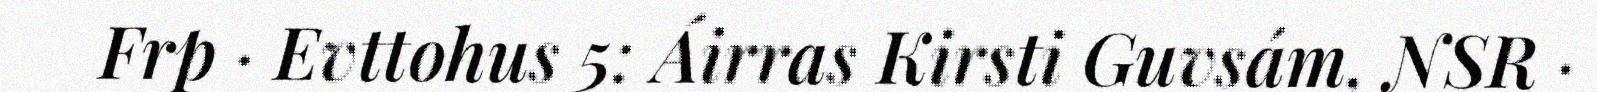
Frp · Evttohus 5: Áirras Kirsti Guvsám, NSR ·